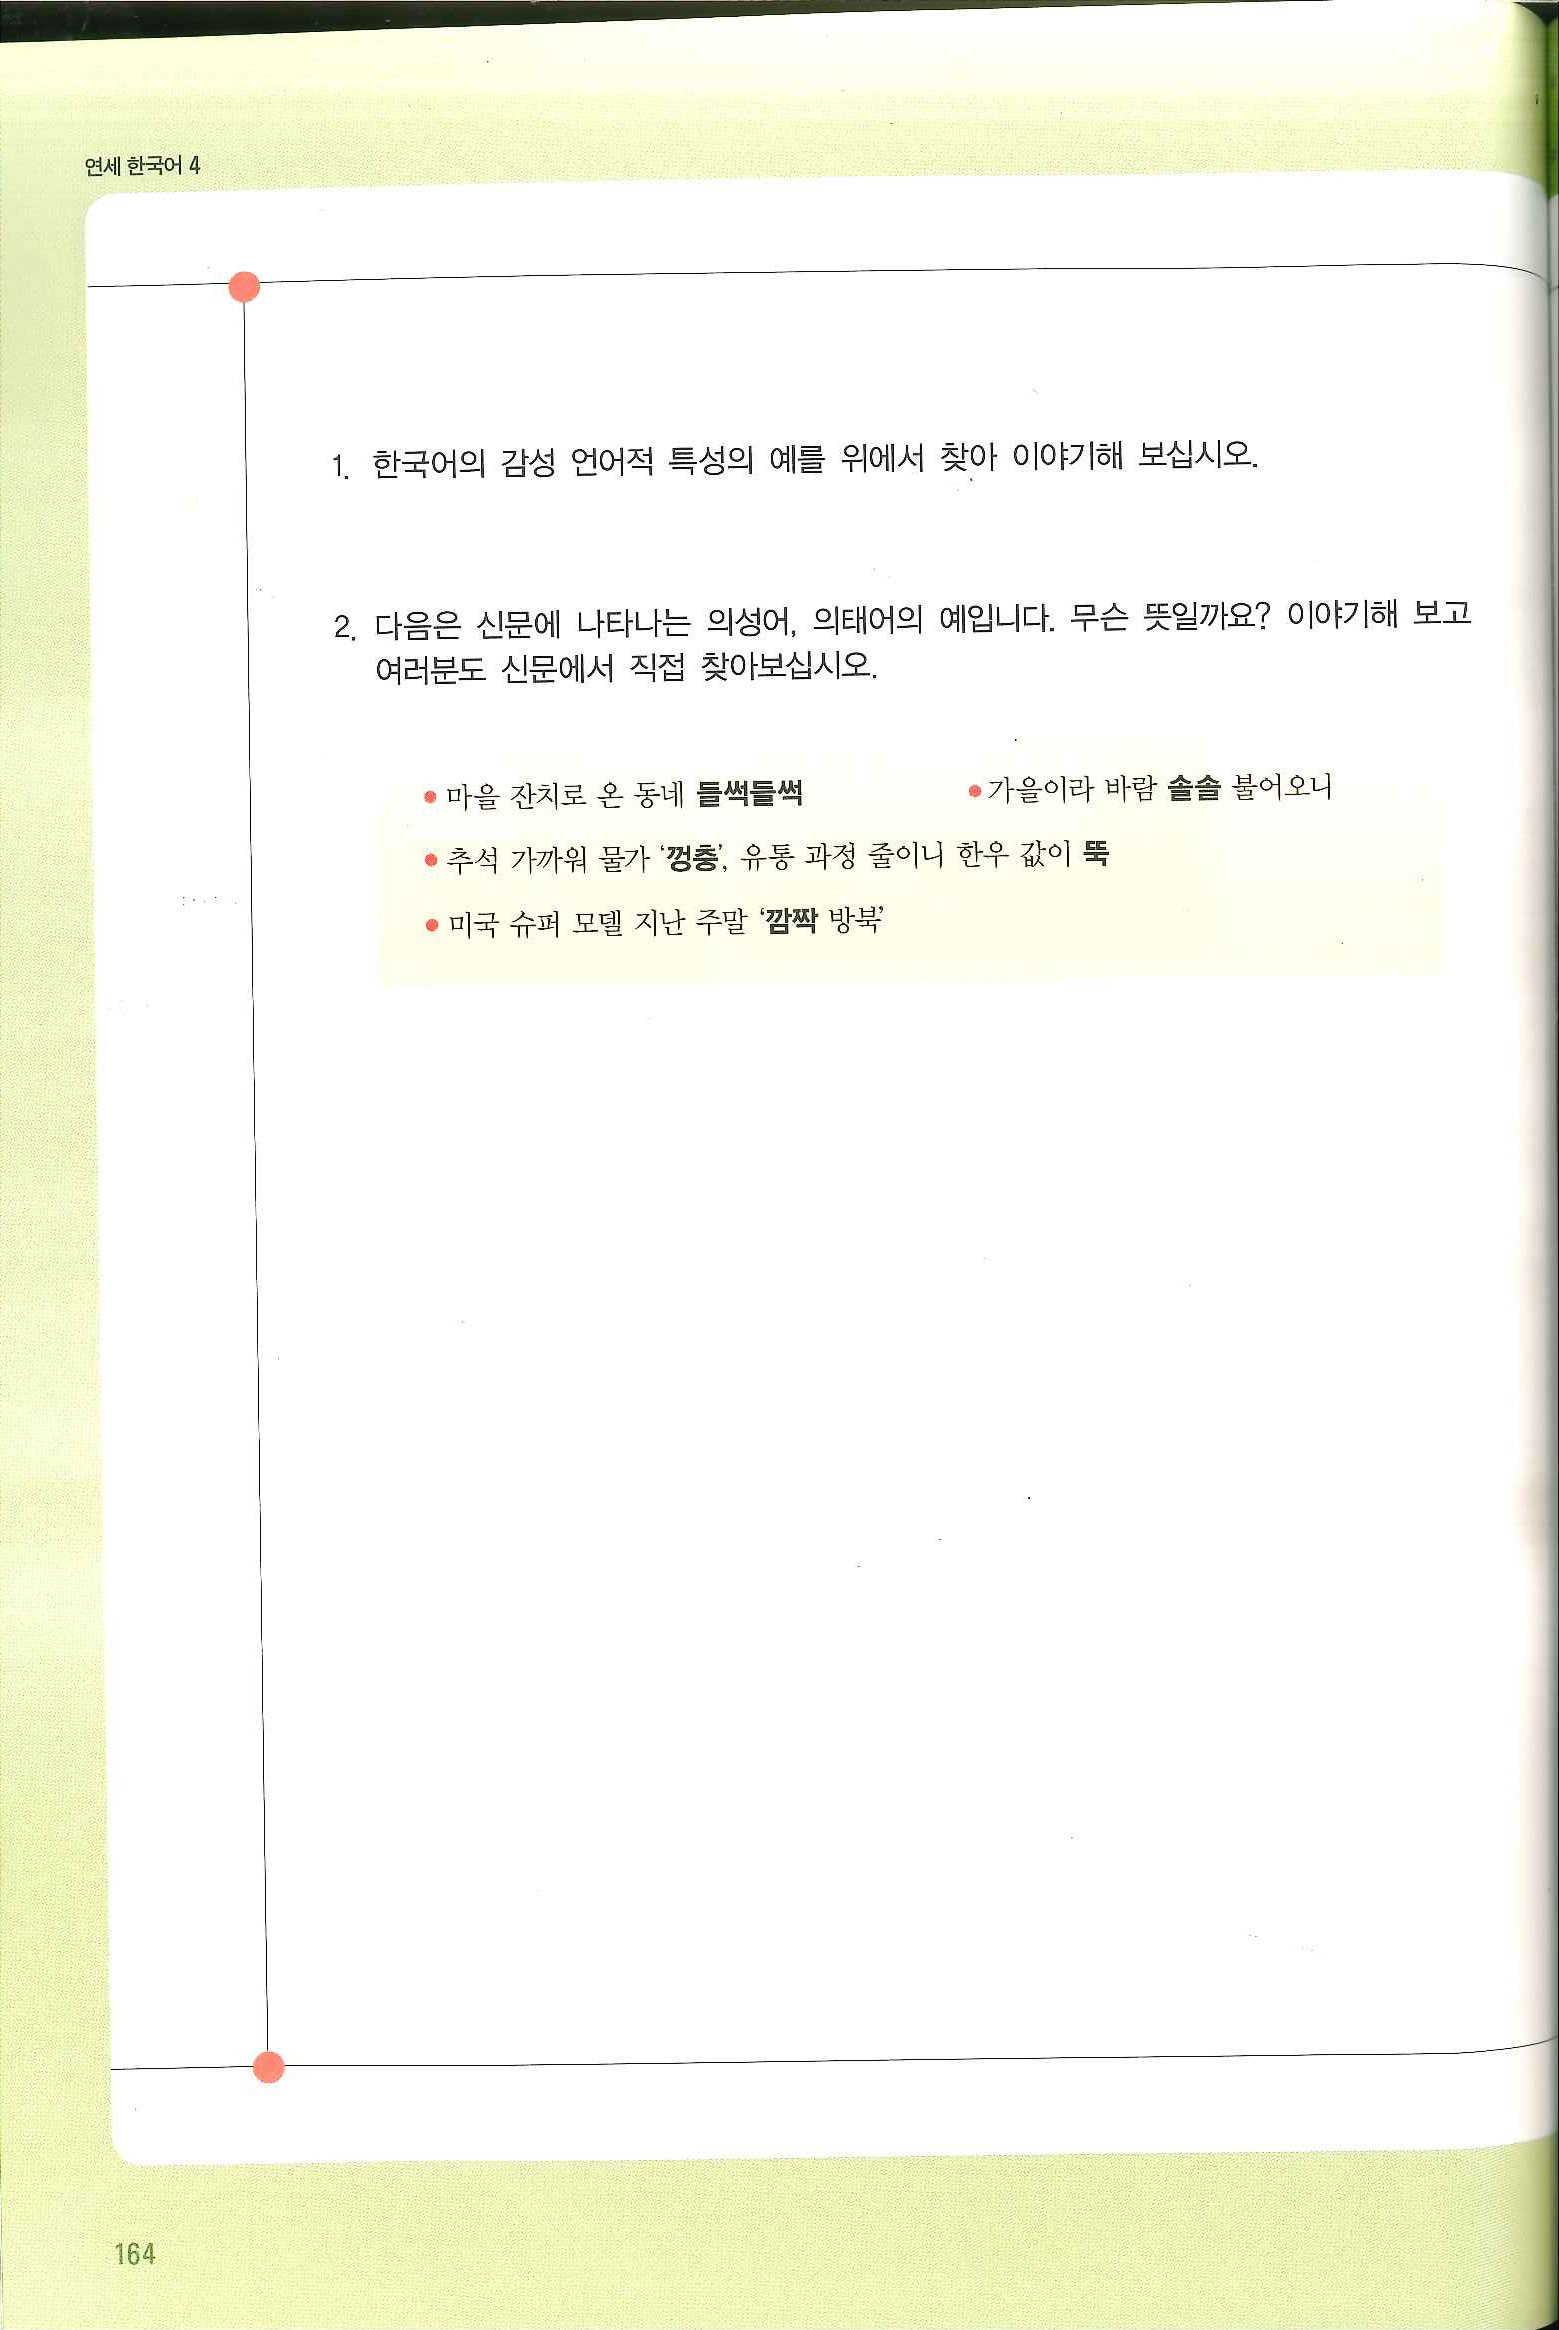
Language: ko